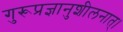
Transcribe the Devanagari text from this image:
गुरूप्रज्ञानुशीलनात्।